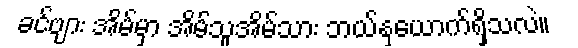
ခင်ဗျား အိမ်မှာ အိမ်သူအိမ်သား ဘယ်နှယောက်ရှိသလဲ။